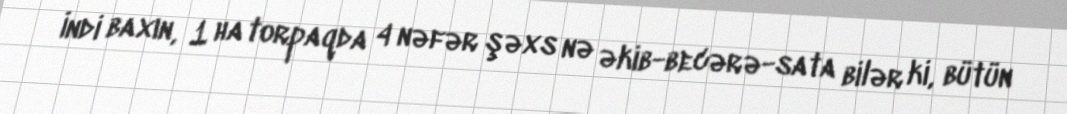
İndi baxın, 1 ha torpaqda 4 nəfər şəxs nə əkib-becərə-sata bilər ki, bütün